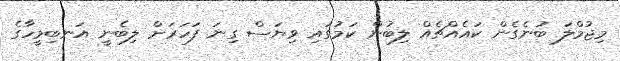
މިޖުމްލަ ބުނެގެން ކައެއްޗެއް ލިބުން ކަމުގައި ވިޔަސް ގިނަ ފަހަރަށް ލިބެނީ އަނބިމީހާގެ